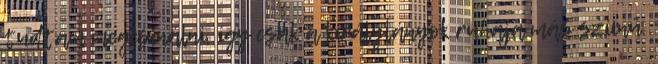
tudtam megcsinálni, igy csak a királylányok ruhája más szíinű.